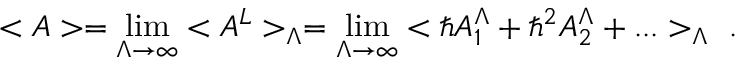
< { \cal A } > = \operatorname * { l i m } _ { \Lambda \rightarrow \infty } < { \cal A } ^ { L } > _ { \Lambda } = \operatorname * { l i m } _ { \Lambda \rightarrow \infty } < \hbar { \cal A } _ { 1 } ^ { \Lambda } + \hbar ^ { 2 } { \cal A } _ { 2 } ^ { \Lambda } + . . . > _ { \Lambda } \ .